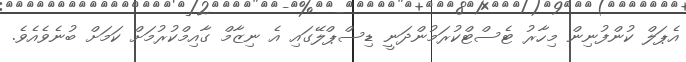
އެޕަލް ކުންފުނިން މިހާރު ޓެސްޓްކުރަމުންދަނީ ޑިސްޕްލޭގައި އެ ނިޒާމް ގާއިމްކުރުމަށް ކަމަށް ބުނެވެއެވެ.